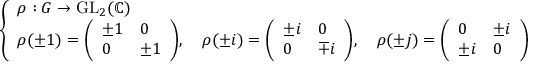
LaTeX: \left\{ \begin{array} { l l } { \rho : G \to { \mathrm { G L } } _ { 2 } ( \mathbb { C } ) } \\ { \rho ( \pm 1 ) = { \left( \begin{array} { l l } { \pm 1 } & { 0 } \\ { 0 } & { \pm 1 } \end{array} \right) } , \quad \rho ( \pm i ) = { \left( \begin{array} { l l } { \pm i } & { 0 } \\ { 0 } & { \mp i } \end{array} \right) } , \quad \rho ( \pm j ) = { \left( \begin{array} { l l } { 0 } & { \pm i } \\ { \pm i } & { 0 } \end{array} \right) } } \end{array} \right.